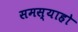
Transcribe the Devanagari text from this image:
समस्याहो